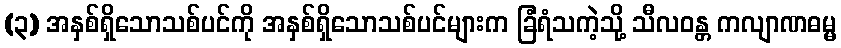
(၃) အနှစ်ရှိသောသစ်ပင်ကို အနှစ်ရှိသောသစ်ပင်များက ခြံရံသကဲ့သို့ သီလဝန္တ ကလျာဏဓမ္မ